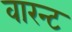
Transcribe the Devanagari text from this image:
वारन्‍ट